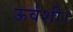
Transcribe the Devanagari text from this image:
ऊर्वशी।